Vital statistics of India. Vol. IV, Annual returns from 1871 to 1876. British Army of India, Native Army and jails of Bengal
Year: 1871
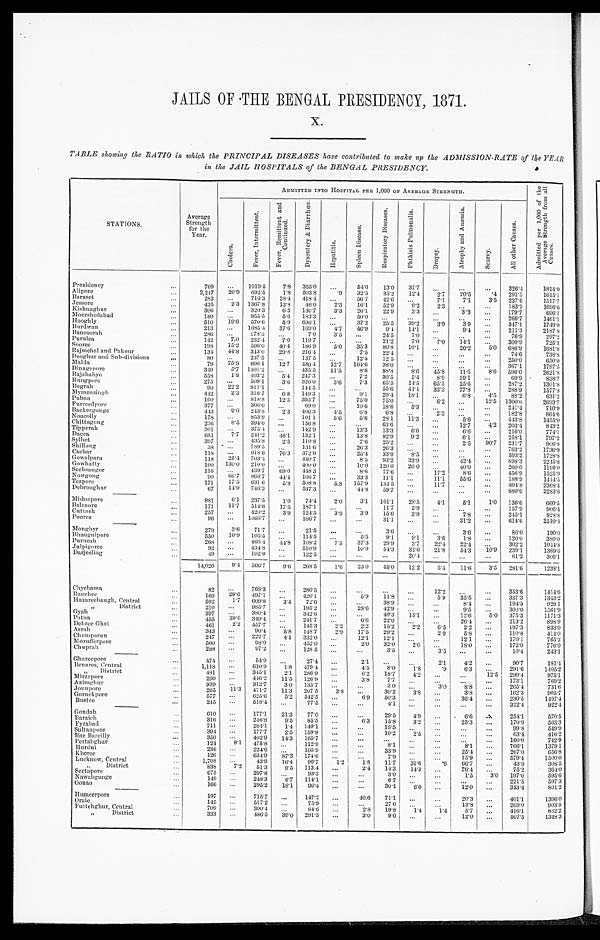
JAILS OF THE BENGAL PRESIDENCY, 1871.
x.
TABLE showing the RATIO in which the PRINCIPAL DISEASES have contributed to make up the ADMISSION-RATE of the YEAR
in the JAIL HOSPITALS of the BENGAL PRESIDENCY.
.
STATIONS.
Average
Strength
for t he
Year.
ADMITTED INTO HOSPITAL PER 1,000 OF AVERAGE STRENGTH.
A d m i t t e d p e r 1 , 0 0 0 o f t h e A v e r a g e S t r e n g t h f r o m a l l C a u s e s .
C h o l e r a .
F e v e r , I n t e r m i t t e n t .
F e v e r , R e m i t t e n t a n d C o n t i n u e d .
D y s e n t e r y & D i a r r h œ a .
H e p a t i t i s .
S p l e e n D i s e a s e .
R e s p i r a t o r y D i s e a s e s .
p h t h i s i s P u l m o n a l i s .
D r o p s y .
A t r o p h y a n d A n æ m i a .
S c u r v y .
A l l o t h e r C a u s e s .
Presidency
. . .
769
. . . 1019.5
7.8 355.0 ...
54.6
13.0
37.7
...
. . .
. . .
326.4
1814.0
Alipore Alipore
. . .
2,247
20.9 692.5
1.8 503.8
.9
32.5
35.2
12.4
2.7
20.5
. 4
2 9 1 . 5
1615.1
Baraset
. . .
282
. . . 716.3 28.4 418.4
...
56.7
42.6 ...
7.1
7.1
3 . 5
2 3 7 . 6
1 5 1 7 . 7
Jessor
. . .
435
2.3 1367.8
13.8
46.0
2.3
16.1
52.9
9.2
2.3 ...
. . .
1 8 3 . 6
1 6 9 8 . 6
Kishinaghur
. . .
306
. . . 320.3
6.5 130.7
3.3
26.1
22.9
3.3
...
' 3 . 3 ...
179.7
6 9 6 . 1
Moorshedabad
. . .
180
. . . 955.5
5.6 183.3 ...
50.0 ...
...
...
...
...
266.7
1461.1
Hooghly
. . .
510
19.6 570.6
5.9 696.1
...
37.2
25.5
39.2
3.9
3.9
...
3 4 7 . 1
1 7 4 9 . 0
Burdwan
...
213
. . . 1685.4 37.6 169.0
4.7
46.9
9.4 14.1
...
9 . 4
. . .
2 1 1 . 3
2 1 8 7 . 8
B a n c o o r a h
. . .
286
. . . 178.3
...
7.0
3.5
. . . 24.5
7.0 ...
...
...
76.9
297.2
Purulea
. . .
142
7.0 232.4
7.0 119.7
...
...
21.2
7.0
7.0
14.1
...
309.9
725.3
Sooree
...
198
15.2 596.00 40.4 186.9
5.0 35.3 80.8
10.1
...
20.2
5.0 686.9
1681.8
Rajmehal and Pakour
...
134 44.8 343.0
29.8 216.4
...
7.5
22.4 ...
...
...
...
74.6
738.8
D e o g h u r a n d
S u b - d i v i s i o n s
. . .
80
. . . 237.5
...
137.5
...
12.5
12.5
...
...
...
...
250.0
650.0
Malda
...
79
75.9 696.1 12.7 430.4 12.7 164.6 38.0
..
...
. . .
. . . 367.1
1797.5
Dinagepore
. . .
349
5.7 1401.2
...
435.5
11.5
8.6
88.8
8.6
45.8
11.5
8.6 596.0
2 6 2 1 . 8
Rajshahye
. . .
558
1.8 403.2
5.4 247.3 ...
7.2
30.5
5.4
8.9
59.1
. . .
69.9
,
838.7
Rungpore
...
275
. . . 509.1
3.6 320.0
3.6
7.3
65.5
14.5 65.5
25.5
. . .
2 8 7 . 9
1301.8
Bogr ah
. . .
90
22.2 911.1
...
144.5
...
...
55.6
44.4
3 3 . 3
7 7 . 8
. . .
2 8 8 . 9
1 5 7 7 . 8
Mymensingh
...
442
2.3 316.7
6.8 149.3
. . .
9.1
29.4 18.1
...
6.8
4.5
88.2
631.2
Pubna
...
160
. . . 818.8
12.5 393.7
. . . 75.0 75.0
...
6.2
...
12.5 1300.0
2693.7
F u r r e e d p o r e
. . .
377
. . . 366.0
...
69.0 ...
10.6 18.6
5.3
...
...
...
241.4
710.9
we
Backergunge
. . .
443
9.0 243.8
2.3 406.3
4.5
6.1
6.8
...
2.3 ...
. . . 182.8
864.6
N o a c o l l y
. . .
178
. . . 853.9
...
101.1
5.6
5.6
28.1
11.3
...
5.6
. . .
443.8
1455.0
Chittagong
...
236
8.5 394.0
...
156.8 ...
...
63.6
...
...
12.7
4.2 203.4
843.2
Tipperah
. . .
301
. . . 375.4
. . . 142.9
...
13.3
13.3
6.6
. . .
6.6
. . .
216.0
774.1
Dacca
...
651
7.7 241.2
46.1 132.1
...
13.8
82.9
9 . 2
. . .
6.1
. . .
258.1
797.2
Sylhet
. . .
397
...
435.8
2.5 110.8
...
7.6
25.2
...
...
2.5
90.7 231.7
906.8
Shillong
. . .
3 8
. . . 789.5
...
131.6
...
26.3
26.3
. . . ...
...
...
763.2
1736.9
Cachar
. . .
118
. . . 618.6
76.3 372.9
...
25.4
33.9
8 . 5
. . .
. . .
...
593.2
1728.8
Gowalpara
...
118
25.4 703.4 ...
440.7
...
8.5
93.2
33.9
...
42.4
. . .
898.3
2245.8
Gowhatty
. . .
100 130.0 210.0 ...
400.0
. . .
10.0 120.0
20.0
...
40.0
. . .
260.0
1190.0
Seebsaugor
...
116
.
. . 439.7
69.0 448.3
. . .
8.6
77.6
...
17.2
8.6
. . .
456.9
1525.9
Nowgong
. . .
9 0
66.7 866.7
44.4 166.7
. . . 33.3
11.1
...
11.1
55.6
. . .
188.9
1444.5
T e z p o r e
...
171
17.5 631.6
5.8 508.8
5.8 157.9 134.5
...
11.7
...
...
894.8
2368.4
Debrooghur
...
67
14.9 746.3
...
537.3
...
44.8
59.7
...
...
...
. . .
880.6
2283.6
Midnapore
. . .
981
6.1 237.'5
1.0
74.4
2.0
3.1 161.1
23.5
4.1
5.1
1.0 136.6
660.5
Balasore
...
171
11.7 514.6
17.5 187.1
...
...
11.7
5.9
...
...
...
157.9
906.4
Cuttack
...
257
. . .
420.2
3.9 124.5
3.9
3.9
15.6
3.9
...
7.8
. . .
245.1
828.8
Pooree
...
96
. . .
1666.7
...
166.7
. . .
...
31.1
...
...
31.2
. . .
614.6
2510.4
Monghyr
. . .
279
3.6
71.7
. . .
21.5
...
...
3.6
. . .
...
3.6
. . .
86.0
190.0
Bhaugulpore
...
550
10.9 105.5
...
114.5
...
5.5
9.1
9.1
3.6
1.8
. . .
l20.0
380.0
purneah
...
268
...
466.4
44.8 108.2
7.5
37.3
29.9
3.7
22.4
22.4
. . .
302.2
1044.8
Jul pi gor ee
...
92
. . . 434.8
...
510.9
...
10.9
54.3
32.6
21.8
54.3
10.9
239.1
1369.6
Darjeeling
...
49
. . .
102.0
...
122.5
...
...
...
20.4
...
...
. . .
61.2
306.1
14,026
9.4 566.7
9.6
268.5
1.6
23.0
45.0
12.2
5.4
11.6
3.5 281.6
1238.1
Chycbassa
. . .
82
. . .
768.3
...
280.5
...
...
...
...
12.2
...
...
353.6
1414.6
R a n c h e e
. . .
169
29.6 497.1
...
420.1
...
5.9
11.8
...
5.9
35.5
...
337.3
1343.2
Hazareebaugh, Central
. . .
592
1.7 609.8
3.4
72.6
...
...
38.9
...
. . .
8.4
. . .
1 9 4 . 3
9 2 9 . 1
, , D i s t r i c t
...
210
. . .
985.7
...
195.2
. . .
28.6
42.9
...
...
9.5
...
300.0
1561.9
Gyah
. . .
397
. . .
380.4
...
342.6
. . .
...
40.3
15.1
. . .
12.6
5.0
375. 3
1 1 7 1 . 3
Patna
. . .
455
39.6 349.4
...
241.7
...
6.6
22.0
...
...
26.4
. . .
213.2
898.9
Dehrec Ghat
...
461
2 . 2
457.7
...
145.3
2 . 2
2.2
15.2
2.2
6.5
2 . 2
. . .
197.3
833.0
Arrah
...
343
. . .
90.4
5. 8
148.7
2 2 . 9
17.5
29.2
...
2. 9
5.8
. . .
110.8
4 1 4 . 0
Chumparun
. . .
247
. . .
222.7
4.1 332.0
...
12.1
12.1
. . .
...
12.1
. . .
1 7 0 . 1
765.2
Mozufferpore
...
500
. . .
98.0 ...
452.0
. . .
2 . 0
3 2 . 0
2 . 0
...
18.0
. . .
1 7 2 . 0
7 7 6 . 1
c h u p r a h
...
288
. . .
97.2
...
128.5
...
...
3 . 5
...
3 . 5
...
...
1 0 . 4
243.1
Ghazeepor e
...
474
. . .
54.9
...
27. 4
. . .
2 . 1
...
...
2 . 1
4.2
...
9 0 . 7
181.4
Benares, Central
...
1,118
. . .
610.9
1 . 8
479. 4
...
4 . 5
8.0
1.8
.9
6.3
...
291.6
1405. 2
, , D i s t r i c t . . .
481
. . .
345.1
2 . 1
286. 9
...
6 . 2
1 8 . 7 '
4 . 2
. . .
...
12.5
2 9 9 . 4
9 7 5 . 1
Mi r z a p o r e
...
2 6 0
. . .
446.2
11.5 126.9
. . .
3 . 8
7.7
...
. . .
...
...
173.1
769. 2
Azimghur
. . .
3 3 9
. . . .
312.7
3 . 0
135.7
...
...
3. 0
. . .
3 . 0
8.8
...
265.4
7 3 1 . 6
J o u n p o r e
...
2 6 5
11.3
4 7 1 . 7
1 1 . 3
2 0 7 . 5
3 . 8
...
3 0 . 2
3.8
... 3.8
...
2 3 0 . 5
9 0 5 . 7
Goruckpore
...
5 7 7
...
. . .
625.6
5 . 2
5 4 2 . 5
...
6 . 9
50.3
...
. . .
36.4
. . .
230.5
1497.4
Bustee
...
2 4 5
...
518.4
...
7 7 . 5
...
... 4.1
. . .
...
...
. . .
3 2 2 . 4
9 2 2 . 4
G o n d a h
. . .
6 1 0
. . . .
177.1
2 1 . 3
77.0
...
... 29.5 4.9
...
6 . 6
. . .
2 5 4 . 1
570. 5
Baraich
. . .
3 1 6
. . . .
246.8
9 . 5
85.5
...
6 . 3
15.8
3.2
. . .
2 5 . 3
...
170. 9
5 6 3 . 3
F y z a b a d
...
711
. . .
284.1
1 . 4
149. 1
...
. . .
15.5
...
. . .
...
...
9 9 . 8
5 4 9 . 9
Sultanpore
... 394
...
177.7
2 . 5
159. 9
...
. . .
10.2 2.5
...
. . .
. . .
6 3 . 4
4 1 6 . 2
Rae Bar ei l l y
... 350
...
. .
402.9
1 4 . 3
165. 7
...
...
...
...
...
...
...
1 6 0 . 0
7 4 2 . 9
Pertabghur
. . .
124
8.1
4 7 5 . 8
... 112.9 ...
. . .
8 . 1
...
. . .
8 . 1
...
7 6 6 . 1
1 3 7 9 . 1
H u r d u i
... 236
...
224. 6
... 105.9
...
...
3 3 . 9
...
...
2 5 . 4
...
2 6 7 . 0
6 5 6 . 8
K h e r e e
...
1 2 6
. . .
634. 9
8 7 . 3 174.6
...
...
7 . 9
...
. . .
1 5 . 9
...
579. 4
1500. 0
Lucknow, Central
. . .
1 , 7 0 8
...
4 3 . 9 1 6 . 4 90.7
1.2
1.8
11.7
3 1 . 6
.6
66.7
...
4 3 . 9
3 0 8 . 5
, , D i s t r i c t
. . .
838
7.2
51.3 9 . 5
113. 4
... 2.4
1 - 1 4 . 3
1 4 . 3
...
7 6 . 4
...
7 5 . 2
3 6 4 . 0
Sectapore
. . .
675
...
2 9 7 . 8 . . .
9 3 . 8
...
. . .
3 . 0
. . .
. . .
1 . 5
3 . 0
1 9 7 . 0
5 9 5 . 6
Nawabgunge
. . .
149
. . .
2 4 8 . 3 6 . 7
1 1 4 . 1
. . .
. . .
6 . 7
. . .
. . .
...
...
2 2 1 . 5 5 9 7 . 3
Oonao
. . .
1 6 6
...
2 9 5 . 2 1 8 . 1 96.4
...
. . .
3 0 . 1
6.0
. . .
1 2 . 0
...
3 4 3 . 4
8 0 1 . 2
H u m e e r p o r e
. . .
197
. . .
715.7 ... 147.2 ...
4 0 . 6
71.1
...
. . .
2 0 . 3
...
4 0 1 . 1
1 3 9 6 . 0
O r a i e
. . .
145
. . .
5 1 7 . 2
. . .
75.9 ...
. . .
27.6 ...
. . .
1 3 . 8 0
...
2 6 9 . 0 9 0 3 . 5
Futtehghur, Central
. . .
709
. . .
3 0 0 . 4 . . . 84.6 ...
2. 8
1 9 . 8
1 . 4
1.4
5.7
. . .
4 1 6 . 1
8 3 2 . 2
, ,
D i s t r i c t
. . .
333
. . .
4 8 6 . 5
3 9 . 0 291.3
...
3. 0
9.0
. . .
. . .
12.0
...
5 0 7 . 5
1 3 4 8 . 3